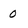
Character: 0